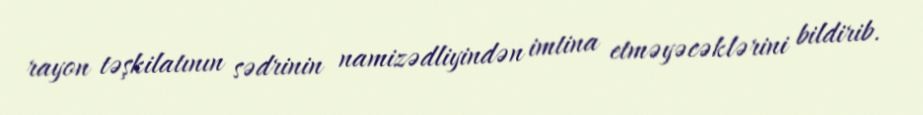
rayon təşkilatının sədrinin namizədliyindən imtina etməyəcəklərini bildirib.